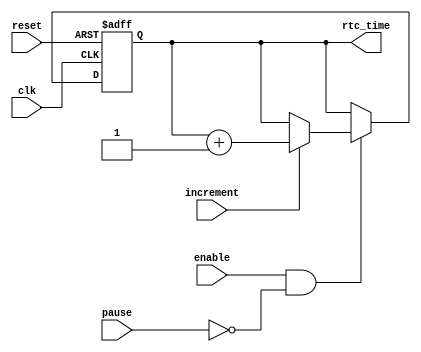
module rtc_timer(
    input wire clk,
    input wire reset,
    input wire enable,
    input wire pause,
    input wire increment,
    output reg [31:0] rtc_time
);

reg [31:0] time_count;

always @(posedge clk or posedge reset) begin
    if (reset) begin
        time_count <= 0;
    end else if (enable && !pause) begin
        if (increment) begin
            time_count <= time_count + 1;
        end
    end
end

assign rtc_time = time_count;

endmodule